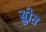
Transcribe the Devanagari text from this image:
सुोत